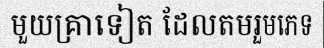
មួយគ្រាទៀត ដែលតមរួមភេទ